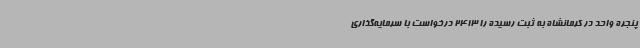
پنجره واحد در کرمانشاه به ثبت رسیده را 2413 درخواست با سرمایه‌گذاری